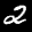
Label: 2